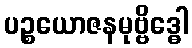
ပဉ္စယောဇနမုဗ္ဗိဒ္ဓေါ